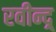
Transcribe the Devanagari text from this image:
रवीन्द्र्